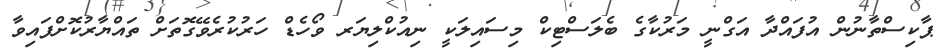
ޕާކިސްތާނުން އުފައްދާ އަގްނީ މަރުކާގެ ބެލަސްޓިކް މިސައިލަކީ ނިއުކްލިޔަރ ވޯހެޑް ހަރުކުރެވޭގޮތަށް ތައްޔާރުކޮށްފައިވާ